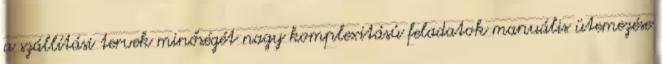
a szállítási tervek minőségét nagy komplexitású feladatok manuális ütemezése